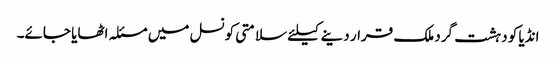
انڈیا کو دہشت گرد ملک قرار دینے کیلئے سلامتی کونسل میں مسئلہ اٹھایا جائے۔